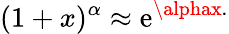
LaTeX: (1+x)^{\alpha}\approx\mathrm{e}^{\alphax.}